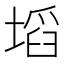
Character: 塪